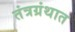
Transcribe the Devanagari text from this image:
तंत्रग्रंथात